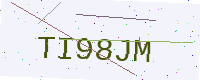
Text: TI98JM